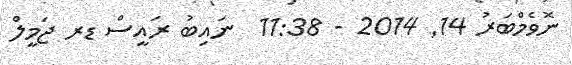
ނޮވެމްބަރު 14